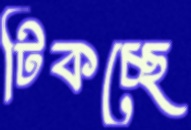
টিকচ্ছে